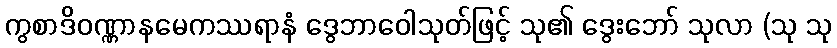
ကွစာဒိဝဏ္ဏာနမေကဿရာနံ ဒွေဘာဝေါသုတ်ဖြင့် သု၏ ဒွေးဘော် သုလာ (သု သု